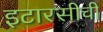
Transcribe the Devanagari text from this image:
इटारसीची